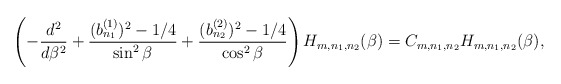
\begin{align*}\left( -\frac{d^{2}}{d\beta^{2}}+\frac{(b_{n_1}^{(1)})^2-1/4}{\sin ^{2}\beta } + \frac{(b_{n_2}^{(2)})^2-1/4}{\cos^2 \beta} \right) H_{m,n_1,n_2} (\beta )= C_{m,n_1,n_2} H_{m,n_1,n_2} (\beta ), \end{align*}